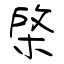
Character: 棨